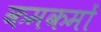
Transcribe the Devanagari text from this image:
कमकमों